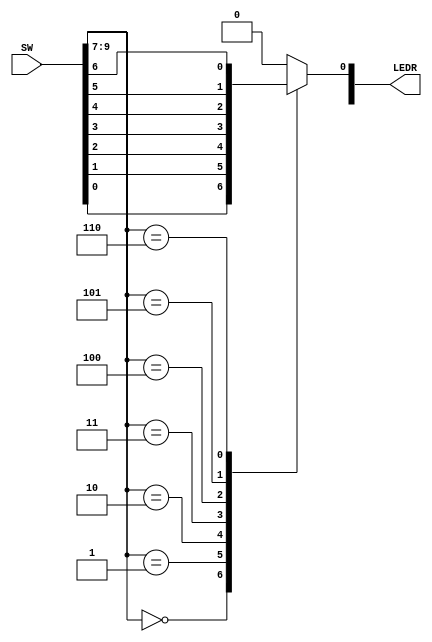
module part1 (SW, LEDR);
	input [9:0] SW;
	output [9:0] LEDR;
	reg Out; //output of an always must be reg type
	
	assign LEDR[0] = Out;
	
	always @(*)
	begin
		case (SW[9:7]) //select lines
			3'b000: Out = SW[0];
			3'b001: Out = SW[1];
			3'b010: Out = SW[2];
			3'b011: Out = SW[3];
			3'b100: Out = SW[4];
			3'b101: Out = SW[5];
			3'b110: Out = SW[6];
			default: Out = 0;
		endcase
	end
endmodule